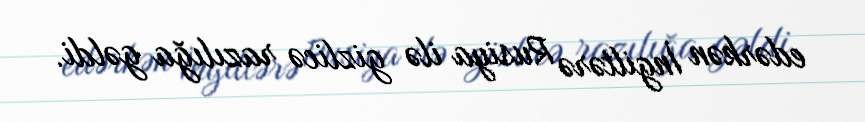
edərkən İngiltərə Rusiya ilə gizlicə razılığa gəldi.